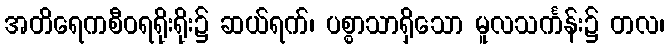
အတိရေကစီဝရရိုးရိုး၌ ဆယ်ရက်၊ ပစ္စာသာရှိသော မူလသင်္ကန်း၌ တလ၊